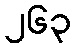
၂၆၃